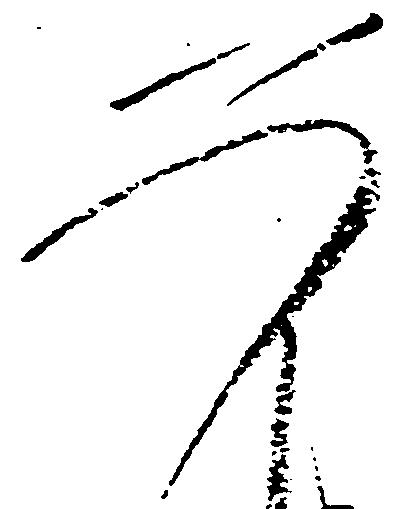
如